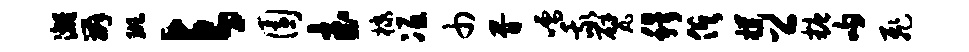
漓辫斑与园武棣冱巾胥嚅我甓穆俱朴公糖吻飞